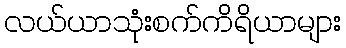
လယ်ယာသုံးစက်ကိရိယာများ